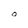
Character: O